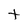
Character: t